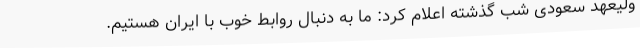
ولیعهد سعودی شب گذشته اعلام کرد: ما به دنبال روابط خوب با ایران هستیم.